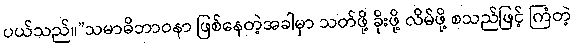
ပယ်သည်။”သမာဓိဘာဝနာ ဖြစ်နေတဲ့အခါမှာ သတ်ဖို့ ခိုးဖို့ လိမ်ဖို့ စသည်ဖြင့် ကြံတဲ့